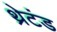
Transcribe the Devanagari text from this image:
थ्रेटंड